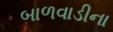
બાળવાડીના